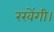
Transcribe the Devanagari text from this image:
रखेंगी।